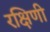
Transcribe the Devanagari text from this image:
रक्षिणी